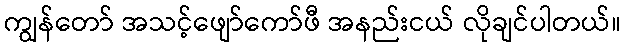
ကျွန်တော် အသင့်ဖျော်ကော်ဖီ အနည်းငယ် လိုချင်ပါတယ်။